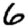
Digit: 6